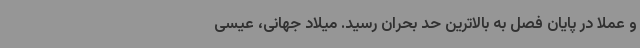
و عملاً در پایان فصل به بالاترین حد بحران رسید. میلاد جهانی، عیسی